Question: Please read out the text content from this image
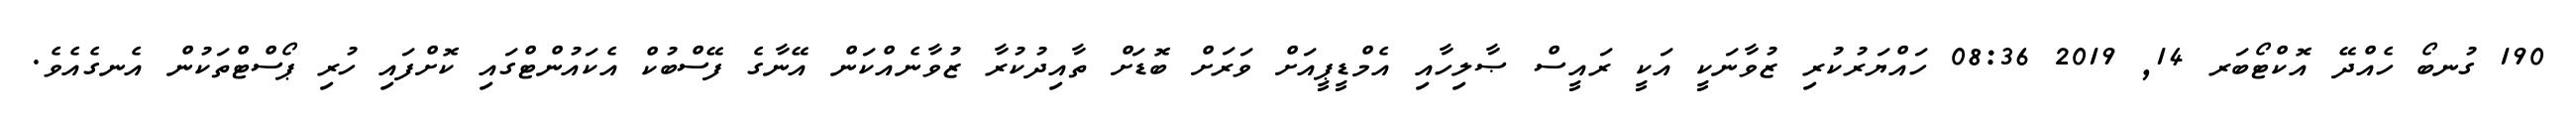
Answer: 190 ގުނބޯ ހެއްދޭ އޮކްޓޯބަރ 14, 2019 08:36 ހައްޔަރުކުރި ޒުވާނަކީ އަކީ ރައީސް ޞާލިހާއި އެމްޑީޕީއަށް ވަރަށް ބޮޑަށް ތާއިދުކުރާ ޒުވާނެއްކަން އޭނާގެ ފޭސްބުކް އެކައުންޓްގައި ކޮށްފައި ހުރި ޕޯސްޓްތަކުން އެނގެއެވެ.